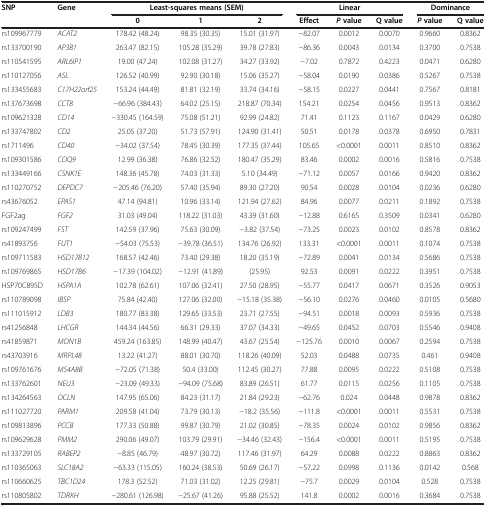
<table><thead><tr><td><b>SNP</b></td><td><b>Gene</b></td><td colspan="3"><b>Least-squares means (SEM)</b></td><td colspan="3"><b>Linear</b></td><td colspan="2"><b>Dominance</b></td></tr><tr><td><b> </b></td><td><b> </b></td><td><b>0</b></td><td><b>1</b></td><td><b>2</b></td><td><b>Effect</b></td><td><b><i>P </i>value</b></td><td><b>Q value</b></td><td><b><i>P </i>value</b></td><td><b>Q value</b></td></tr></thead><tbody><tr><td>rs109967779</td><td><i>ACAT2</i></td><td>178.42 (48.24)</td><td>98.35 (30.35)</td><td>15.01 (31.97)</td><td>−82.07</td><td>0.0012</td><td>0.0070</td><td>0.9660</td><td>0.8362</td></tr><tr><td>rs133700190</td><td><i>AP3B1</i></td><td>263.47 (82.15)</td><td>105.28 (35.29)</td><td>39.78 (27.83)</td><td>−86.36</td><td>0.0043</td><td>0.0134</td><td>0.3700</td><td>0.7538</td></tr><tr><td>rs110541595</td><td><i>ARL6IP1</i></td><td>19.00 (47.24)</td><td>102.08 (31.27)</td><td>34.27 (33.92)</td><td>−7.02</td><td>0.7872</td><td>0.4223</td><td>0.0471</td><td>0.6280</td></tr><tr><td>rs110127056</td><td><i>ASL</i></td><td>126.52 (40.99)</td><td>92.90 (30.18)</td><td>15.06 (35.27)</td><td>−58.04</td><td>0.0190</td><td>0.0386</td><td>0.5267</td><td>0.7538</td></tr><tr><td>rs133455683</td><td><i>C17H22orf25</i></td><td>153.24 (44.49)</td><td>81.81 (32.19)</td><td>33.74 (34.16)</td><td>−58.15</td><td>0.0227</td><td>0.0441</td><td>0.7567</td><td>0.8181</td></tr><tr><td>rs137673698</td><td><i>CCT8</i></td><td>−66.96 (384.43)</td><td>64.02 (25.15)</td><td>218.87 (70.34)</td><td>154.21</td><td>0.0254</td><td>0.0456</td><td>0.9513</td><td>0.8362</td></tr><tr><td>rs109621328</td><td><i>CD14</i></td><td>−330.45 (164.59)</td><td>75.08 (51.21)</td><td>92.99 (24.82)</td><td>71.41</td><td>0.1123</td><td>0.1167</td><td>0.0429</td><td>0.6280</td></tr><tr><td>rs133747802</td><td><i>CD2</i></td><td>25.05 (37.20)</td><td>51.73 (57.91)</td><td>124.90 (31.41)</td><td>50.51</td><td>0.0178</td><td>0.0378</td><td>0.6950</td><td>0.7831</td></tr><tr><td>rs1711496</td><td><i>CD40</i></td><td>−34.02 (37.54)</td><td>78.45 (30.39)</td><td>177.35 (37.44)</td><td>105.65</td><td>&lt;0.0001</td><td>0.0011</td><td>0.8510</td><td>0.8362</td></tr><tr><td>rs109301586</td><td><i>COQ9</i></td><td>12.99 (36.38)</td><td>76.86 (32.52)</td><td>180.47 (35.29)</td><td>83.46</td><td>0.0002</td><td>0.0016</td><td>0.5816</td><td>0.7538</td></tr><tr><td>rs133449166</td><td><i>CSNK1E</i></td><td>148.36 (45.78)</td><td>74.03 (31.33)</td><td>5.10 (34.49)</td><td>−71.12</td><td>0.0057</td><td>0.0166</td><td>0.9420</td><td>0.8362</td></tr><tr><td>rs110270752</td><td><i>DEPDC7</i></td><td>−205.46 (76.20)</td><td>57.40 (35.94)</td><td>89.30 (27.20)</td><td>90.54</td><td>0.0028</td><td>0.0104</td><td>0.0236</td><td>0.6280</td></tr><tr><td>rs43676052</td><td><i>EPAS1</i></td><td>47.14 (94.81)</td><td>10.96 (33.14)</td><td>121.94 (27.62)</td><td>84.96</td><td>0.0077</td><td>0.0211</td><td>0.1892</td><td>0.7538</td></tr><tr><td>FGF2ag</td><td><i>FGF2</i></td><td>31.03 (49.04)</td><td>118.22 (31.03)</td><td>43.39 (31.60)</td><td>−12.88</td><td>0.6165</td><td>0.3509</td><td>0.0341</td><td>0.6280</td></tr><tr><td>rs109247499</td><td><i>FST</i></td><td>142.59 (37.96)</td><td>75.63 (30.09)</td><td>−3.82 (37.54)</td><td>−73.25</td><td>0.0023</td><td>0.0102</td><td>0.8578</td><td>0.8362</td></tr><tr><td>rs41893756</td><td><i>FUT1</i></td><td>−54.03 (75.53)</td><td>−39.78 (36.51)</td><td>134.76 (26.92)</td><td>133.31</td><td>&lt;0.0001</td><td>0.0011</td><td>0.1074</td><td>0.7538</td></tr><tr><td>rs109711583</td><td><i>HSD17B12</i></td><td>168.57 (42.46)</td><td>73.40 (29.38)</td><td>18.20 (35.19)</td><td>−72.89</td><td>0.0041</td><td>0.0134</td><td>0.5686</td><td>0.7538</td></tr><tr><td>rs109769865</td><td><i>HSD17B6</i></td><td>−17.39 (104.02)</td><td>−12.91 (41.89)</td><td>(25.95)</td><td>92.53</td><td>0.0091</td><td>0.0222</td><td>0.3951</td><td>0.7538</td></tr><tr><td>HSP70C895D</td><td><i>HSPA1A</i></td><td>102.78 (62.61)</td><td>107.06 (32.41)</td><td>27.50 (28.95)</td><td>−55.77</td><td>0.0417</td><td>0.0671</td><td>0.3526</td><td>0.9053</td></tr><tr><td>rs110789098</td><td><i>IBSP</i></td><td>75.84 (42.40)</td><td>127.06 (32.00)</td><td>−15.18 (35.38)</td><td>−56.10</td><td>0.0276</td><td>0.0460</td><td>0.0105</td><td>0.5680</td></tr><tr><td>rs111015912</td><td><i>LDB3</i></td><td>180.77 (83.38)</td><td>129.65 (33.53)</td><td>23.71 (27.55)</td><td>−94.51</td><td>0.0018</td><td>0.0093</td><td>0.5936</td><td>0.7538</td></tr><tr><td>rs41256848</td><td><i>LHCGR</i></td><td>144.34 (44.56)</td><td>66.31 (29.33)</td><td>37.07 (34.33)</td><td>−49.65</td><td>0.0452</td><td>0.0703</td><td>0.5546</td><td>0.9408</td></tr><tr><td>rs41859871</td><td><i>MON1B</i></td><td>459.24 (163.85)</td><td>148.99 (40.47)</td><td>43.67 (25.54)</td><td>−125.76</td><td>0.0010</td><td>0.0067</td><td>0.2594</td><td>0.7538</td></tr><tr><td>rs43703916</td><td><i>MRPL48</i></td><td>13.22 (41.27)</td><td>88.01 (30.70)</td><td>118.26 (40.09)</td><td>52.03</td><td>0.0488</td><td>0.0735</td><td>0.461</td><td>0.9408</td></tr><tr><td>rs109761676</td><td><i>MS4A8B</i></td><td>−72.05 (71.38)</td><td>50.4 (33.00)</td><td>112.45 (30.27)</td><td>77.88</td><td>0.0095</td><td>0.0222</td><td>0.5108</td><td>0.7538</td></tr><tr><td>rs133762601</td><td><i>NEU3</i></td><td>−23.09 (49.33)</td><td>−94.09 (75.68)</td><td>83.89 (26.51)</td><td>61.77</td><td>0.0115</td><td>0.0256</td><td>0.1105</td><td>0.7538</td></tr><tr><td>rs134264563</td><td><i>OCLN</i></td><td>147.95 (65.06)</td><td>84.23 (31.17)</td><td>21.84 (29.23)</td><td>−62.76</td><td>0.024</td><td>0.0448</td><td>0.9878</td><td>0.8362</td></tr><tr><td>rs111027720</td><td><i>PARM1</i></td><td>209.58 (41.04)</td><td>73.79 (30.13)</td><td>−18.2 (35.56)</td><td>−111.8</td><td>&lt;0.0001</td><td>0.0011</td><td>0.5531</td><td>0.7538</td></tr><tr><td>rs109813896</td><td><i>PCCB</i></td><td>177.33 (50.88)</td><td>99.87 (30.79)</td><td>21.02 (30.85)</td><td>−78.35</td><td>0.0024</td><td>0.0102</td><td>0.9856</td><td>0.8362</td></tr><tr><td>rs109629628</td><td><i>PMM2</i></td><td>290.06 (49.07)</td><td>103.79 (29.91)</td><td>−34.46 (32.43)</td><td>−156.4</td><td>&lt;0.0001</td><td>0.0011</td><td>0.5195</td><td>0.7538</td></tr><tr><td>rs133729105</td><td><i>RABEP2</i></td><td>−8.85 (46.79)</td><td>48.97 (30.72)</td><td>117.46 (31.97)</td><td>64.29</td><td>0.0088</td><td>0.0222</td><td>0.8863</td><td>0.8362</td></tr><tr><td>rs110365063</td><td><i>SLC18A2</i></td><td>−63.33 (115.05)</td><td>160.24 (38.53)</td><td>50.69 (26.17)</td><td>−57.22</td><td>0.0998</td><td>0.1136</td><td>0.0142</td><td>0.568</td></tr><tr><td>rs110660625</td><td><i>TBC1D24</i></td><td>178.3 (52.52)</td><td>71.03 (31.02)</td><td>12.25 (29.81)</td><td>−75.7</td><td>0.0029</td><td>0.0104</td><td>0.528</td><td>0.7538</td></tr><tr><td>rs110805802</td><td><i>TDRKH</i></td><td>−280.61 (126.98)</td><td>−25.67 (41.26)</td><td>95.88 (25.52)</td><td>141.8</td><td>0.0002</td><td>0.0016</td><td>0.3684</td><td>0.7538</td></tr></tbody></table>